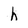
Character: h